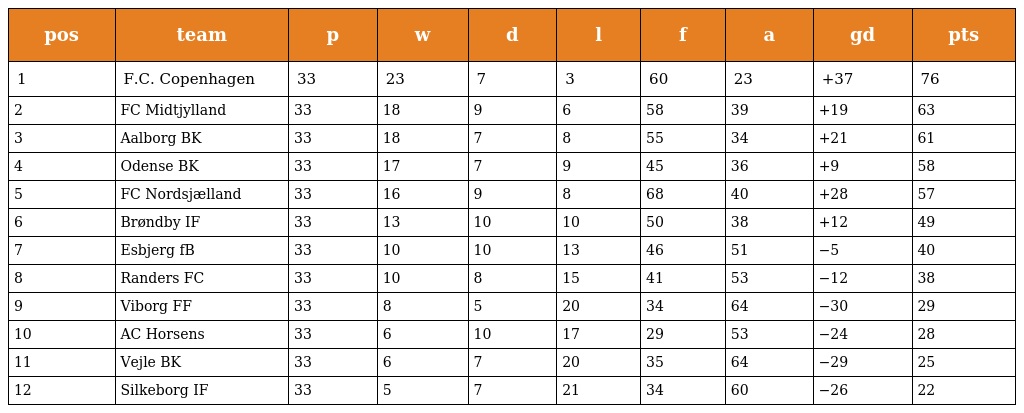
| pos | team | p | w | d | l | f | a | gd | pts |
 | --- | --- | --- | --- | --- | --- | --- | --- | --- | --- |
 | 1 | F.C. Copenhagen | 33 | 23 | 7 | 3 | 60 | 23 | +37 | 76 |
 | 2 | FC Midtjylland | 33 | 18 | 9 | 6 | 58 | 39 | +19 | 63 |
 | 3 | Aalborg BK | 33 | 18 | 7 | 8 | 55 | 34 | +21 | 61 |
 | 4 | Odense BK | 33 | 17 | 7 | 9 | 45 | 36 | +9 | 58 |
 | 5 | FC Nordsjælland | 33 | 16 | 9 | 8 | 68 | 40 | +28 | 57 |
 | 6 | Brøndby IF | 33 | 13 | 10 | 10 | 50 | 38 | +12 | 49 |
 | 7 | Esbjerg fB | 33 | 10 | 10 | 13 | 46 | 51 | −5 | 40 |
 | 8 | Randers FC | 33 | 10 | 8 | 15 | 41 | 53 | −12 | 38 |
 | 9 | Viborg FF | 33 | 8 | 5 | 20 | 34 | 64 | −30 | 29 |
 | 10 | AC Horsens | 33 | 6 | 10 | 17 | 29 | 53 | −24 | 28 |
 | 11 | Vejle BK | 33 | 6 | 7 | 20 | 35 | 64 | −29 | 25 |
 | 12 | Silkeborg IF | 33 | 5 | 7 | 21 | 34 | 60 | −26 | 22 |